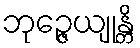
ဘုဉ္ဇေယျုန္တိ